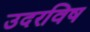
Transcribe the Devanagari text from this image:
उदरविष